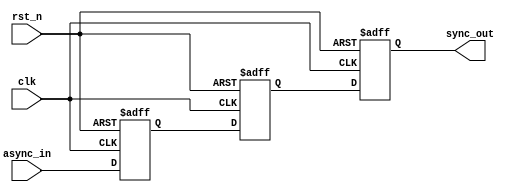
module dual_ff_synchronizer (
    input  wire clk,       // Target clock signal
    input  wire rst_n,     // Active low asynchronous reset signal
    input  wire async_in,  // Asynchronous input signal to be synchronized
    output reg  sync_out   // Synchronized output signal
);

// Internal signals for flip-flop outputs
reg ff1_out; // Output of the first flip-flop
reg ff2_out; // Output of the second flip-flop

// First flip-flop
always @(posedge clk or negedge rst_n) begin
    if (!rst_n) begin
        ff1_out <= 1'b0; // Initialize FF1 to 0 on reset
    end else begin
        ff1_out <= async_in; // Capture asynchronous input
    end
end

// Second flip-flop
always @(posedge clk or negedge rst_n) begin
    if (!rst_n) begin
        ff2_out <= 1'b0; // Initialize FF2 to 0 on reset
    end else begin
        ff2_out <= ff1_out; // Capture output of FF1
    end
end

// Assign the output of the second flip-flop to the output port
always @(posedge clk or negedge rst_n) begin
    if (!rst_n) begin
        sync_out <= 1'b0; // Initialize output to 0 on reset
    end else begin
        sync_out <= ff2_out; // Synchronized output
    end
end

endmodule